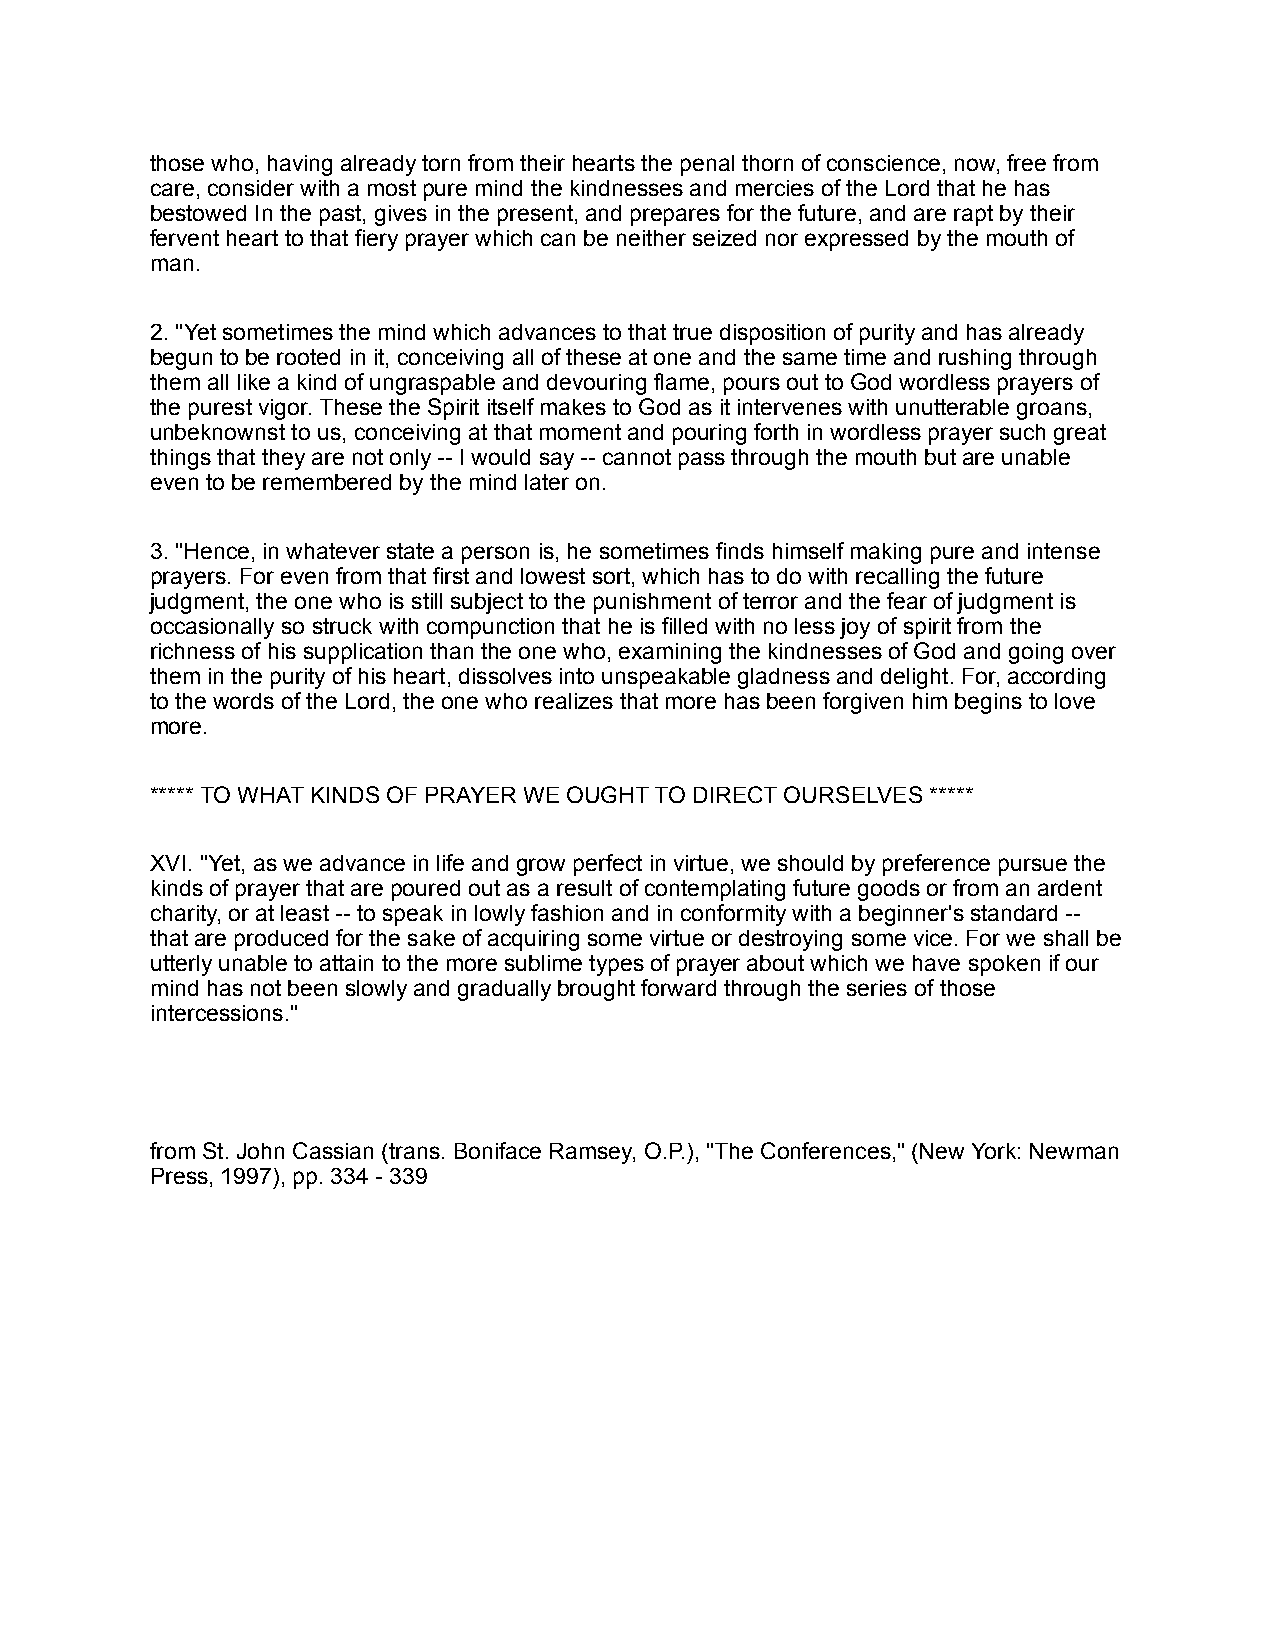
those who, having already torn from their hearts the penal thorn of conscience, now, free from
 care, consider with a most pure mind the kindnesses and mercies of the Lord that he has
 bestowed In the past, gives in the present, and prepares for the future, and are rapt by their
 fervent heart to that fiery prayer which can be neither seized nor expressed by the mouth of
 man.
 2. "Yet sometimes the mind which advances to that true disposition of purity and has already
 begun to be rooted in it, conceiving all of these at one and the same time and rushing through
 them all like a kind of ungraspable and devouring flame, pours out to God wordless prayers of
 the purest vigor. These the Spirit itself makes to God as it intervenes with unutterable groans,
 unbeknownst to us, conceiving at that moment and pouring forth in wordless prayer such great
 things that they are not only -- I would say -- cannot pass through the mouth but are unable
 even to be remembered by the mind later on.
 3. "Hence, in whatever state a person is, he sometimes finds himself making pure and intense
 prayers. For even from that first and lowest sort, which has to do with recalling the future
 judgment, the one who is still subject to the punishment of terror and the fear of judgment is
 occasionally so struck with compunction that he is filled with no less joy of spirit from the
 richness of his supplication than the one who, examining the kindnesses of God and going over
 them in the purity of his heart, dissolves into unspeakable gladness and delight. For, according
 to the words of the Lord, the one who realizes that more has been forgiven him begins to love
 more.
 ***** TO WHAT KINDS OF PRAYER WE OUGHT TO DIRECT OURSELVES *****
 XVI. "Yet, as we advance in life and grow perfect in virtue, we should by preference pursue the
 kinds of prayer that are poured out as a result of contemplating future goods or from an ardent
 charity, or at least -- to speak in lowly fashion and in conformity with a beginner's standard --
 that are produced for the sake of acquiring some virtue or destroying some vice. For we shall be
 utterly unable to attain to the more sublime types of prayer about which we have spoken if our
 mind has not been slowly and gradually brought forward through the series of those
 intercessions."
 from St. John Cassian (trans. Boniface Ramsey, O.P.), "The Conferences," (New York: Newman
 Press, 1997), pp. 334 - 339